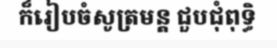
ក៏រៀបចំសូត្រមន្ត ជួបជុំពុទ្ធិ